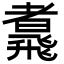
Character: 䬡